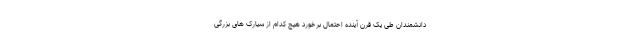
دانشمندان طی یک قرن آینده احتمال برخورد هیچ کدام از سیارک های بزرگی